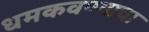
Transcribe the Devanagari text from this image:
धमकवण्याचा